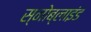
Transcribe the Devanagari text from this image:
स्नोब्लाइंड